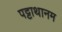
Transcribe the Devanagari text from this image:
पट्टाथानम